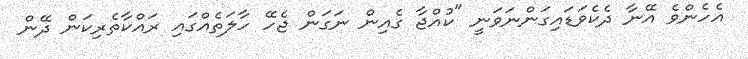
އެހެންވެ އޭނާ ދެކެވަޑައިގަންނަވަނީ "ކުއްޖާ ގެއިން ނަގަން ޖެހޭ ހާލަތެއްގައި ރައްކާތެރިކަން ދޭން